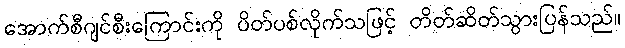
အောက်စီဂျင်စီးကြောင်းကို ပိတ်ပစ်လိုက်သဖြင့် တိတ်ဆိတ်သွားပြန်သည်။